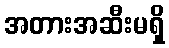
အတားအဆီးမရှိ